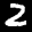
Label: 2